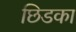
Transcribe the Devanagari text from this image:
छिडका